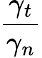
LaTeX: \frac{\gamma_{t}}{\gamma_{n}}